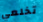
تخلعي